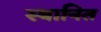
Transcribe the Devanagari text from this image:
स्थानित